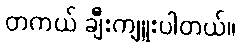
တကယ် ချီးကျူးပါတယ်။